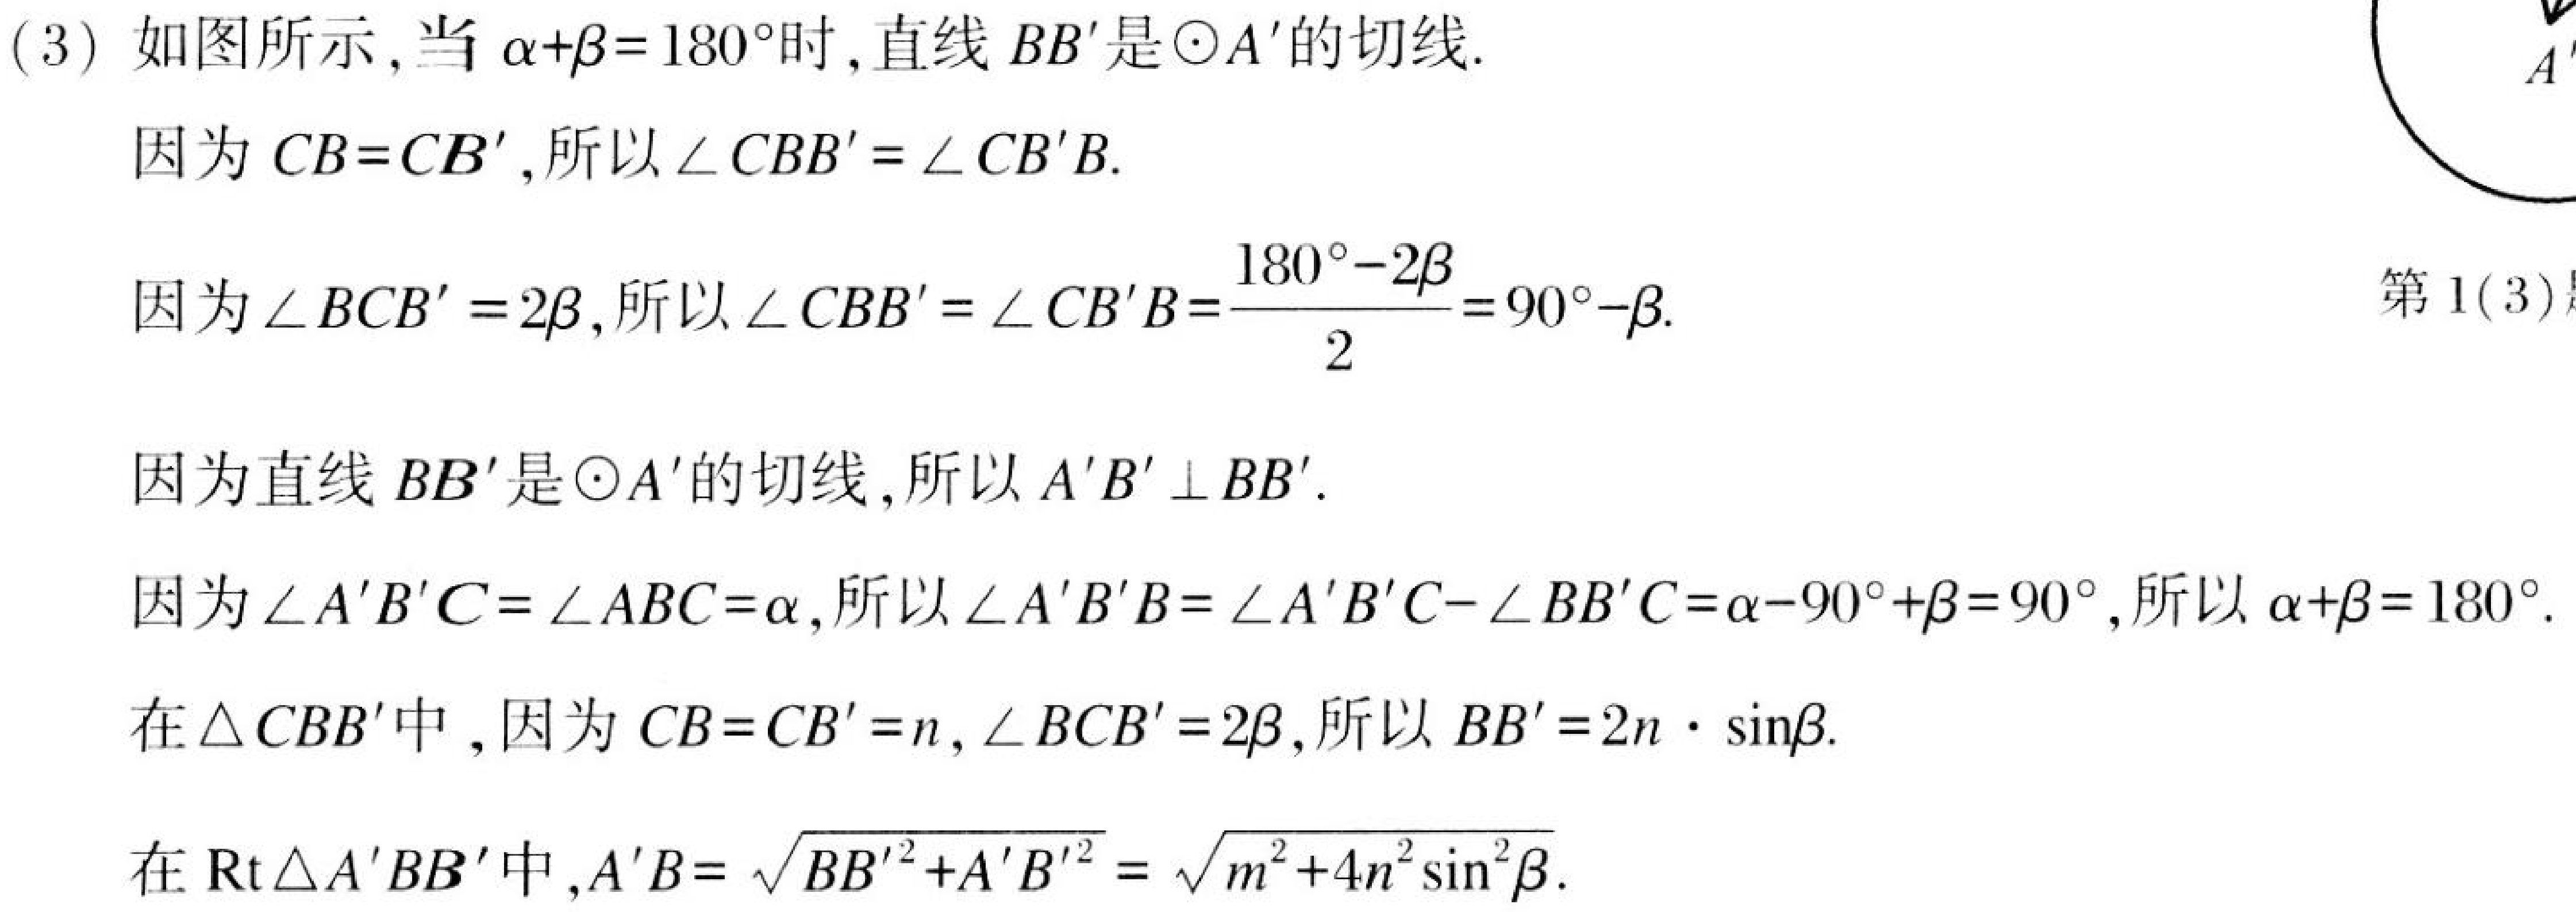
(3) 如图所示, 当\(\alpha+\beta = 180^{\circ}\)时, 直线\(BB'\)是\(\odot A'\)的切线.

因为\(CB = CB'\), 所以\(\angle CBB'=\angle CB'B\).

因为\(\angle BCB' = 2\beta\), 所以\(\angle CBB'=\angle CB'B=\frac{180^{\circ}-2\beta}{2}=90^{\circ}-\beta\).

因为直线\(BB'\)是\(\odot A'\)的切线, 所以\(A'B'\perp BB'\).

因为\(\angle A'B'C=\angle ABC=\alpha\), 所以\(\angle A'B'B=\angle A'B'C - \angle BB'C=\alpha - 90^{\circ}+\beta = 90^{\circ}\), 所以\(\alpha+\beta = 180^{\circ}\).

在\(\triangle CBB'\)中, 因为\(CB = CB' = n\), \(\angle BCB' = 2\beta\), 所以\(BB' = 2n\cdot\sin\beta\).

在\(\text{Rt}\triangle A'BB'\)中, \(A'B=\sqrt{BB'^{2}+A'B'^{2}}=\sqrt{m^{2}+4n^{2}\sin^{2}\beta}\).